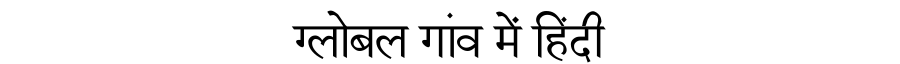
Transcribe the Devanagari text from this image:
ग्लोबल गांव में हिंदी